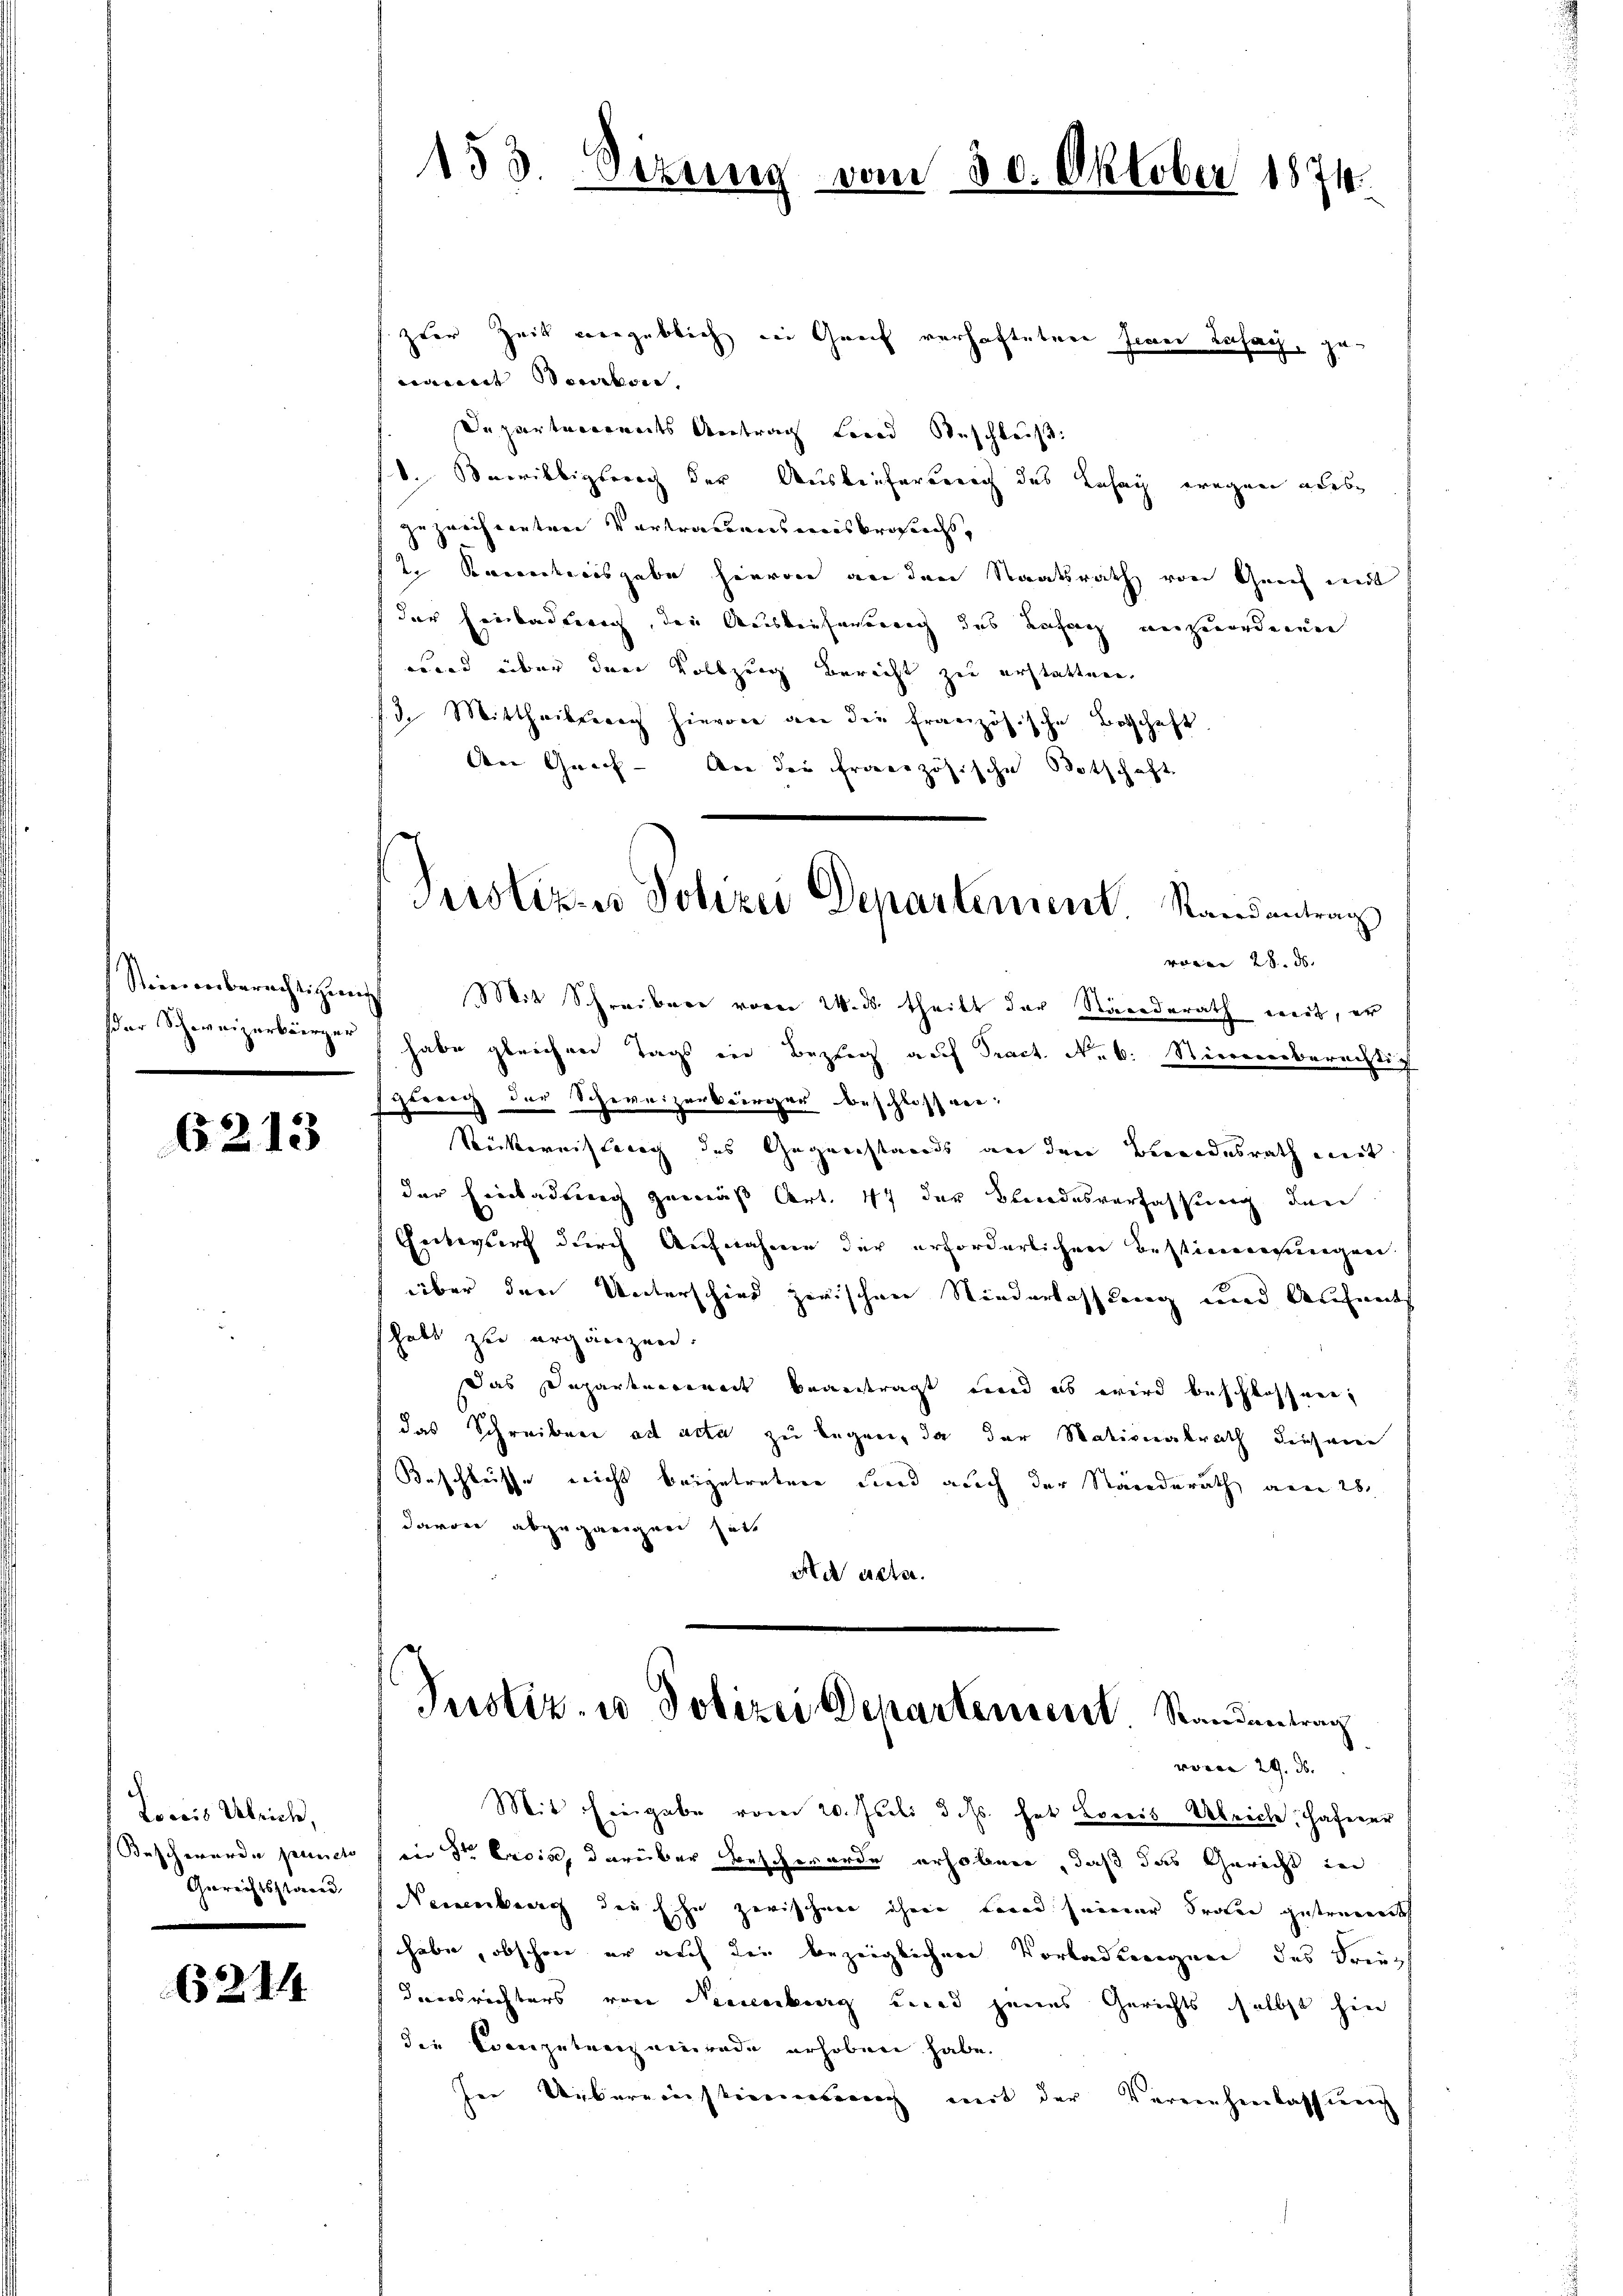
Steiner verberechtigung
ßer Schweizerbürger

6213

Loccis Ulrich,
Beschwerde puncte
Gerichtsstand

6214

153. Sizung vom 30. 6

zter Zeit vergeblich den Graf verhafteten Jener Lafach, genannt seraben.
Departneronats Antrag Land Beschleiß
. Mairilbigerich der Auskeifernung des Lahag wegen ades
gezweifernten Vortrauensmisbrosechs,
2 Sarntersgabe hievon an den Staatsrath von Grich mit
der Einbauterig, den Auskauferirung des Behag anzuordnenen
wird über den Vollzung bericht zu erstatten.
13. Mittheilung hievon an die französische Beschaft
den Gurch - An der französische Botschaft
varen 28. ds.
Mit Schreibere vom 24. ds. theilt der Ständerath weit, er
habe gleichen Tags in Bezug auf Tract. No. 6. Stierererberechtig
gleich der Schweizerbringer beschloss ver¬
Rickereistung des Gegenstands an den Besondesrath mit
der Einladung gemäß Art. 17 der Blandesverfassung den
Entwurf durch Aufnahme der erforderlichen Bestimmungen
über den Unterschied zwischen Niederlassung und Aufnat
habt zur ergänzen.
das Departnerinet beantragt und es wird beschlossen,
das Schreiben ad acta zu legen, da der Nationalrath dieser
Beschlusse nicht beizutreten und auch der Ständerath am 28.
davon abgegangen hatt
ade ersten.
Justiz- u Polizei Departensent. Standentrag
weren 29. ds.
Mit Eingabe vom 20. Juli d. Js. hat Loreis Abreche, Haferer
in der Ersia, darüber beschwerde erhoben, daß das Gericht in
Neuenburg, den Ehe zerischen ihren Land seiner Proten gestrument
habe, obschon er auf der bezeiglichen Vorladungen des Freuth
densrichters von Neuenburg und jenes Gerichts selbst hin
die Connezutungenerade erhoben habe.
In Ueberneinstionensang mit der Vereinheinlassung

Pisliz. Polizei Departement Randantrag

Oktober 18710.